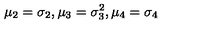
\mu _ { 2 } = \sigma _ { 2 } , \mu _ { 3 } = \sigma _ { 3 } ^ { 2 } , \mu _ { 4 } = \sigma _ { 4 }